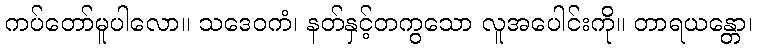
ကပ်တော်မူပါလော။ သဒေဝကံ၊ နတ်နှင့်တကွသော လူအပေါင်းကို။ တာရယန္တော၊